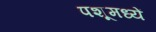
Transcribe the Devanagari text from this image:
पशूमध्यें